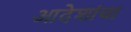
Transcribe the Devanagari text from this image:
आदेशांचा